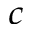
^ c